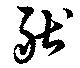
般